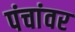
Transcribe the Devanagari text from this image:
पंचांवर